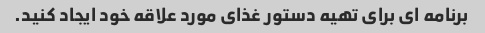
برنامه ای برای تهیه دستور غذای مورد علاقه خود ایجاد کنید.